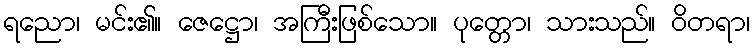
ရညော၊ မင်း၏။ ဇေဋ္ဌော၊ အကြီးဖြစ်သော။ ပုတ္တော၊ သားသည်။ ဝိတရာ၊